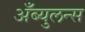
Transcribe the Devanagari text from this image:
अँब्युलन्स